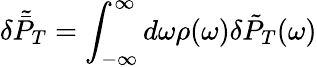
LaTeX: \delta\tilde{\bar{P}}_{T}=\int_{-\infty}^{\infty}d\omega\rho(\omega)\delta\tilde{P}_{T}(\omega)